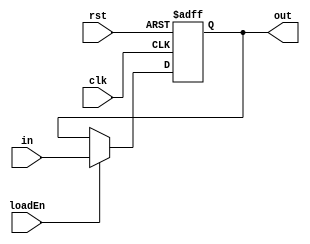
module pc(clk, rst, loadEn, in, out);
  input[11:0] in;
  output reg [11:0] out;
  input clk, rst, loadEn;
  always @(posedge clk, posedge rst) begin
    if(rst) begin
      out <= 12'b0;
    end
    else begin
      if(loadEn) begin
        out <= in;
      end
    end
  end
endmodule